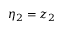
\eta _ { 2 } = z _ { 2 }